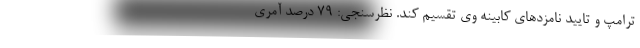
ترامپ و تایید نامزدهای کابینه وی تقسیم کند. نظرسنجی: ۷۹ درصد آمری